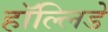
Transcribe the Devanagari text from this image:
हॉल्लिडे